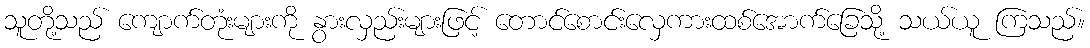
သူတို့သည် ကျောက်တုံးများကို နွားလှည်းများဖြင့် တောင်စောင်းလှေကားထစ်အောက်ခြေသို့ သယ်ယူ ကြသည်။